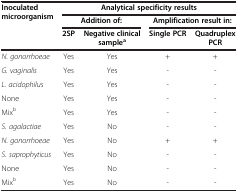
| <ROWSPAN=3> Inoculated microorganism | <COLSPAN=4> Analytical specificity results |
 | <COLSPAN=2> Addition of: | <COLSPAN=2> Amplification result in: |
 | 2SP | Negative clinical samplea | Single PCR | Quadruplex PCR |
 | --- | --- | --- | --- | --- |
 | N. gonorrhoeae | Yes | Yes | + | + |
 | G. vaginalis | Yes | Yes | - | - |
 | L. acidophilus | Yes | Yes | - | - |
 | None | Yes | Yes | - | - |
 | Mixb | Yes | Yes | - | - |
 | S. agalactiae | Yes | No | - | - |
 | N. gonorrhoeae | Yes | No | + | + |
 | S. saprophyticus | Yes | No | - | - |
 | None | Yes | No | - | - |
 | Mixb | Yes | No | - | - |